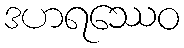
ဒဟရဿေဝ